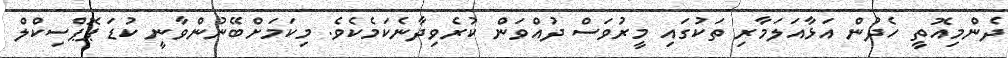
ދެންމިއޮތީ ހެދުން އަޅާއަލަމާރި ތަކުގައި މީރުވަސް ދުއްވަން ކުރެވިދާނެކަމެކެވެ. މިކަމަށްބޭނުންވާނީ ކުޑަ ޕޮޕްސިކްލް